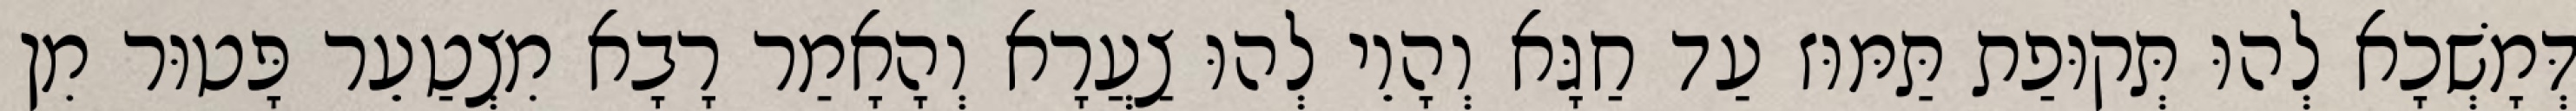
דְּמָשְׁכָא לְהוּ תְּקוּפַת תַּמּוּז עַד חַגָּא וְהָוֵי לְהוּ צַעֲרָא וְהָאָמַר רָבָא מִצְטַעֵר פָּטוּר מִן